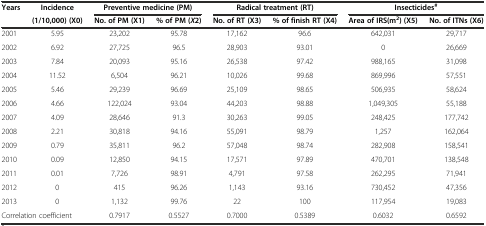
<table><thead><tr><td rowspan="2"><b>Years</b></td><td><b>Incidence</b></td><td colspan="2"><b>Preventive medicine (PM)</b></td><td colspan="2"><b>Radical treatment (RT)</b></td><td colspan="2"><b>Insecticides<sup>#</sup></b></td></tr><tr><td><b>(1/10,000) (X0)</b></td><td><b>No. of PM (X1)</b></td><td><b>% of PM ( <i>X</i>2)</b></td><td><b>No. of RT (X3)</b></td><td><b>% of finish RT (X4)</b></td><td><b>Area of IRS(m<sup>2</sup>) (X5)</b></td><td><b>No. of ITNs (X6)</b></td></tr></thead><tbody><tr><td>2001</td><td>5.95</td><td>23,202</td><td>95.78</td><td>17,162</td><td>96.6</td><td>642,031</td><td>29,717</td></tr><tr><td>2002</td><td>6.92</td><td>27,725</td><td>96.5</td><td>28,903</td><td>93.01</td><td>0</td><td>26,669</td></tr><tr><td>2003</td><td>7.84</td><td>20,093</td><td>95.16</td><td>26,538</td><td>97.42</td><td>988,165</td><td>31,098</td></tr><tr><td>2004</td><td>11.52</td><td>6,504</td><td>96.21</td><td>10,026</td><td>99.68</td><td>869,996</td><td>57,551</td></tr><tr><td>2005</td><td>5.46</td><td>29,239</td><td>96.69</td><td>25,109</td><td>98.65</td><td>506,935</td><td>58,624</td></tr><tr><td>2006</td><td>4.66</td><td>122,024</td><td>93.04</td><td>44,203</td><td>98.88</td><td>1,049,305</td><td>55,188</td></tr><tr><td>2007</td><td>4.09</td><td>28,646</td><td>91.3</td><td>30,263</td><td>99.05</td><td>248,425</td><td>177,742</td></tr><tr><td>2008</td><td>2.21</td><td>30,818</td><td>94.16</td><td>55,091</td><td>98.79</td><td>1,257</td><td>162,064</td></tr><tr><td>2009</td><td>0.79</td><td>35,811</td><td>96.2</td><td>57,048</td><td>98.74</td><td>282,908</td><td>158,541</td></tr><tr><td>2010</td><td>0.09</td><td>12,850</td><td>94.15</td><td>17,571</td><td>97.89</td><td>470,701</td><td>138,548</td></tr><tr><td>2011</td><td>0.01</td><td>7,726</td><td>98.91</td><td>4,791</td><td>97.58</td><td>262,295</td><td>71,941</td></tr><tr><td>2012</td><td>0</td><td>415</td><td>96.26</td><td>1,143</td><td>93.16</td><td>730,452</td><td>47,356</td></tr><tr><td>2013</td><td>0</td><td>1,132</td><td>99.76</td><td>22</td><td>100</td><td>117,954</td><td>19,083</td></tr><tr><td colspan="2">Correlation coefficient</td><td>0.7917</td><td>0.5527</td><td>0.7000</td><td>0.5389</td><td>0.6032</td><td>0.6592</td></tr></tbody></table>